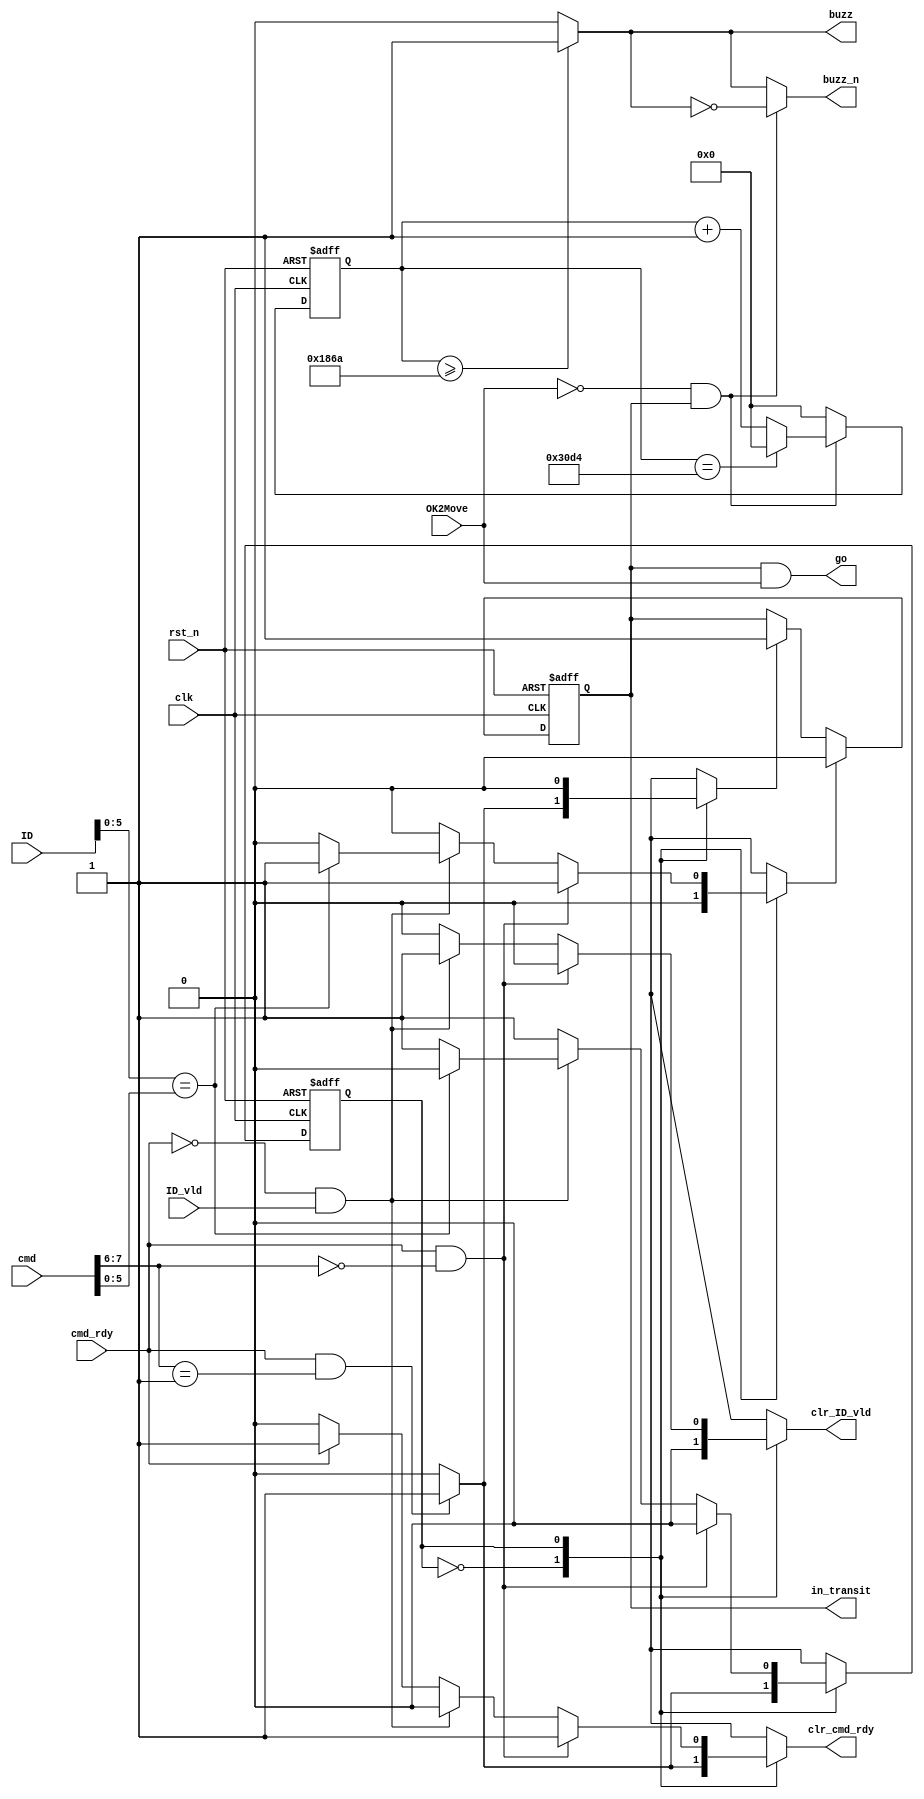
module cmd_cntrl(clk, rst_n, cmd, cmd_rdy, clr_cmd_rdy, in_transit, OK2Move, go, buzz, buzz_n, ID, ID_vld, clr_ID_vld);

input [7:0] cmd; // 8 Bit input command
input [7:0] ID; // ID 8 bit input
input cmd_rdy, OK2Move, ID_vld, clk, rst_n; // Inputs for clk, rst, and ready signals
output reg clr_cmd_rdy, in_transit, go, clr_ID_vld; // Ouputs
output buzz, buzz_n;

// Registers for internal signals
reg en, rst_in_transit, set_in_transit;

// Variables for the buzzer pwm signal
reg [13:0] buzz_cnt; 
parameter INIT_VALUE = 14'b0; 
parameter EXP_VALUE = 14'd12500; // 50MHZ clock divided by 4KHZ signal


// Flopping the in_transit signal
always @(posedge clk, negedge rst_n) begin

	if (!rst_n) begin
		in_transit <= 0;
	end else if (rst_in_transit) begin
		in_transit <= 0;
	end else if (set_in_transit) begin
		in_transit <= 1;
	end else
		in_transit <= in_transit;
		
end

// Combinational logic for the go and buzzer signal
always @(*) begin

	go = in_transit & OK2Move;
	en = (~OK2Move & in_transit);

end

// Buzzer pwm logic
always @(posedge clk, negedge rst_n) begin

	if (!rst_n) begin
	   buzz_cnt <= INIT_VALUE; // Initial value = 0;
 	end else begin
	    if (en) begin // Increase when enabled

			if (buzz_cnt == EXP_VALUE) begin // Prevent Overflow
		        buzz_cnt <= INIT_VALUE;
			end else begin
				buzz_cnt <= buzz_cnt + 1'b1;
			end
			
		end else begin
			buzz_cnt <= 0;
		end 		
	end
end

// Assign buzz and bzz_n to the inverse of buzz
assign buzz = (buzz_cnt >= EXP_VALUE/2) ? 1 : 0;
assign buzz_n = (en)? ~buzz : buzz; // Inversion only when enabled to vibrate.


// State machine states
localparam IDLE = 1'b0;
localparam GO = 1'b1;

reg state, nxt_state;

// Synchronous state logic
always @(posedge clk, negedge rst_n) begin

	if (!rst_n) 
		state <= IDLE;
	else 
		state <= nxt_state;
		
end

// nxt_state logic
always @(*) begin
	
	// Default signal values
	clr_ID_vld = 0;
	clr_cmd_rdy = 0;
	set_in_transit = 0;
	rst_in_transit = 0;

	case (state) 

		IDLE: if (cmd_rdy && cmd[7:6] == 2'b01) begin
			nxt_state = GO; // if cmd = go, set GO to nxt_state 
			set_in_transit = 1; // Set in_transit
			clr_cmd_rdy = 1;
		end else begin
			nxt_state = IDLE;
		end		
		
		
		GO: if (cmd_rdy & cmd [7:6] == 2'b00) begin
				nxt_state = IDLE;  // If cmd_rdy = 1 and cmd = stop loop back to beginning and clear in_transit
				rst_in_transit = 1;
				clr_cmd_rdy = 1;
			end else if (cmd_rdy == 0 && ID_vld) begin
				clr_ID_vld = 1; // Set clr_ID_cld to 1
				if (ID[5:0] == cmd[5:0]) begin // Now check ID
					rst_in_transit = 1;
					nxt_state = IDLE;
				end else begin
					nxt_state = GO;
				end
			end else if (cmd_rdy) begin
				clr_cmd_rdy = 1;
				nxt_state = GO;
			end else begin
				nxt_state = GO;
			end

		default: 
			nxt_state = IDLE;
	endcase
end 

endmodule